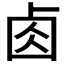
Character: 𠧪